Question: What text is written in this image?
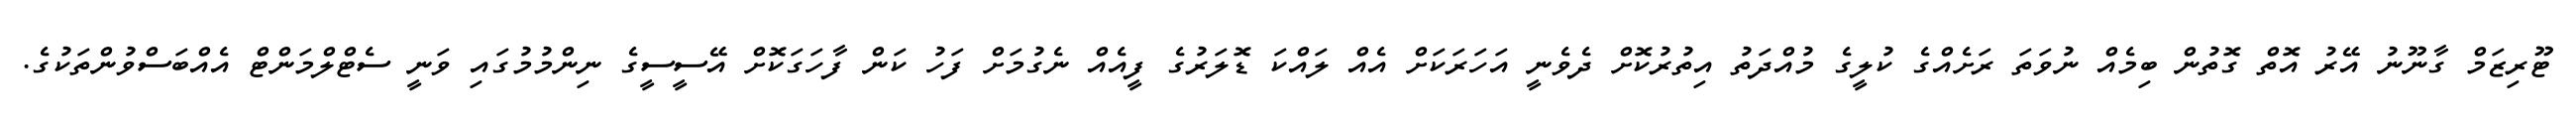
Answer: ޓޫރިޒަމް ގާނޫނު އޭރު އޮތް ގޮތުން ބިމެއް ނުވަތަ ރަށެއްގެ ކުލީގެ މުއްދަތު އިތުރުކޮށް ދެވެނީ އަހަރަކަށް އެއް ލައްކަ ޑޮލަރުގެ ފީއެއް ނެގުމަށް ފަހު ކަން ފާހަގަކޮށް އޭސީސީގެ ނިންމުމުގައި ވަނީ ސެޓްލްމަންޓް އެއްބަސްވުންތަކުގެ.